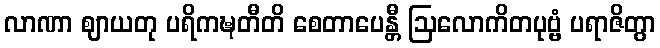
လာဏာ ဈာယတု ပရိကဍ္ဎတီတိ စေတာပေန္တီ ဩလောကိတပုဗ္ဗံ ပရာဇိတွာ